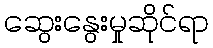
ဆွေးနွေးမှုဆိုင်ရာ